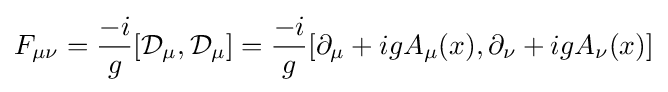
F_{\mu \nu }={-i \over g}[{\mathcal {D}}_{\mu },{\mathcal {D}}_{\mu }]={-i \over g}[\partial _{\mu }+igA_{\mu }(x),\partial _{\nu }+igA_{\nu }(x)]